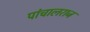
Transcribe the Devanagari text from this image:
पांचालराज